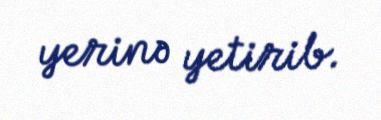
yerinə yetirib.